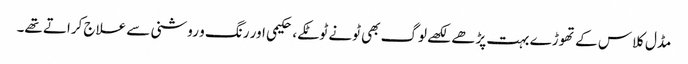
مڈل کلاس کے تھوڑے بہت پڑھے لکھے لوگ بھی ٹونے ٹوٹکے، حکیمی اور رنگ و روشنی سے علاج کراتے تھے۔